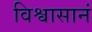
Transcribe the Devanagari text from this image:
विश्वासानं